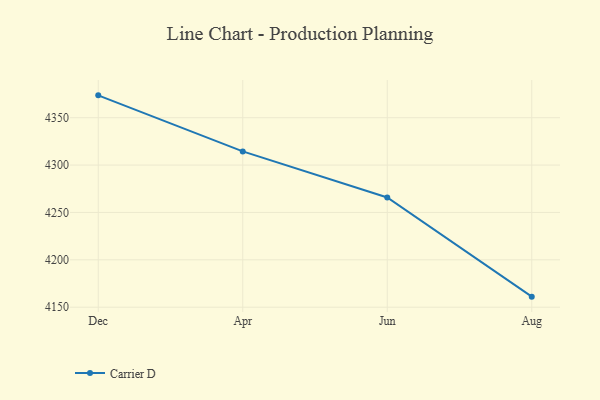
{"axis": {"x": "Month", "y": "Waste Production (Tons)"}, "legend": ["Carrier D"], "data": [{"x": "Dec", "y": 4373.6, "type": "Carrier D"}, {"x": "Apr", "y": 4314.4, "type": "Carrier D"}, {"x": "Jun", "y": 4265.8, "type": "Carrier D"}, {"x": "Aug", "y": 4161.1, "type": "Carrier D"}]}